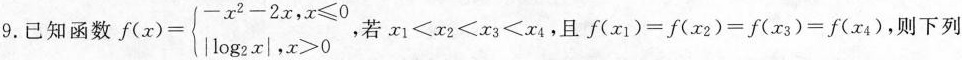
9.已知函数$$ f(x)= \left\{ \begin{matrix} -x^{2}-2x,x \leq 0 \\ | \log _{2}x|,x>0 \\ \end{matrix} \right. $$，若$$x _ { 1 }<x _ { 2 } < x _ { 3 } < x _ { 4 }$$，且$$f(x _ { 1 })=f(x _ { 2 })=f(x _ { 3 })=f(x _ { 4 })$$，则下列